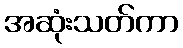
အဆုံးသတ်ကာ